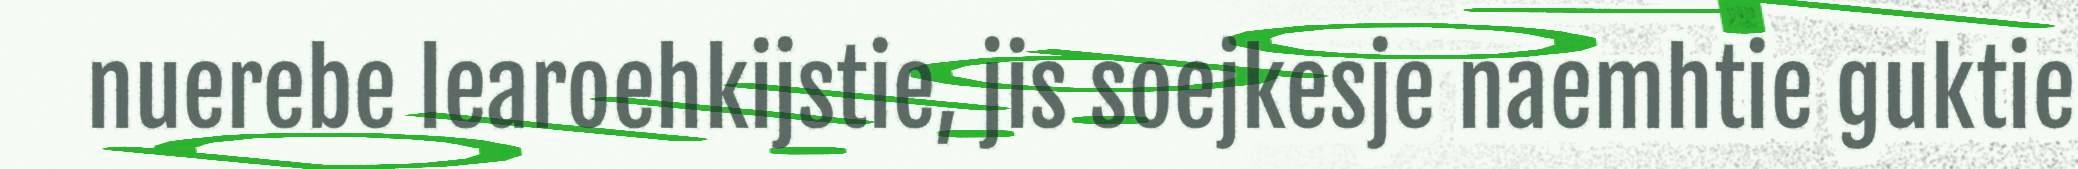
nuerebe learoehkijstie, jis soejkesje naemhtie guktie